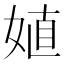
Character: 𰌈